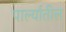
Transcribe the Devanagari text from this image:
पार्ल्यातील